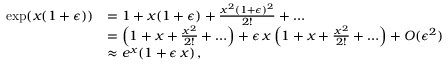
\begin{array} { r l } { \exp ( x ( 1 + \epsilon ) ) } & { = 1 + x ( 1 + \epsilon ) + \frac { x ^ { 2 } ( 1 + \epsilon ) ^ { 2 } } { 2 ! } + \dots } \\ & { = \left( 1 + x + \frac { x ^ { 2 } } { 2 ! } + \ldots \right) + \epsilon \, x \left( 1 + x + \frac { x ^ { 2 } } { 2 ! } + \ldots \right) + O ( \epsilon ^ { 2 } ) } \\ & { \approx e ^ { x } ( 1 + \epsilon \, x ) \, , } \end{array}